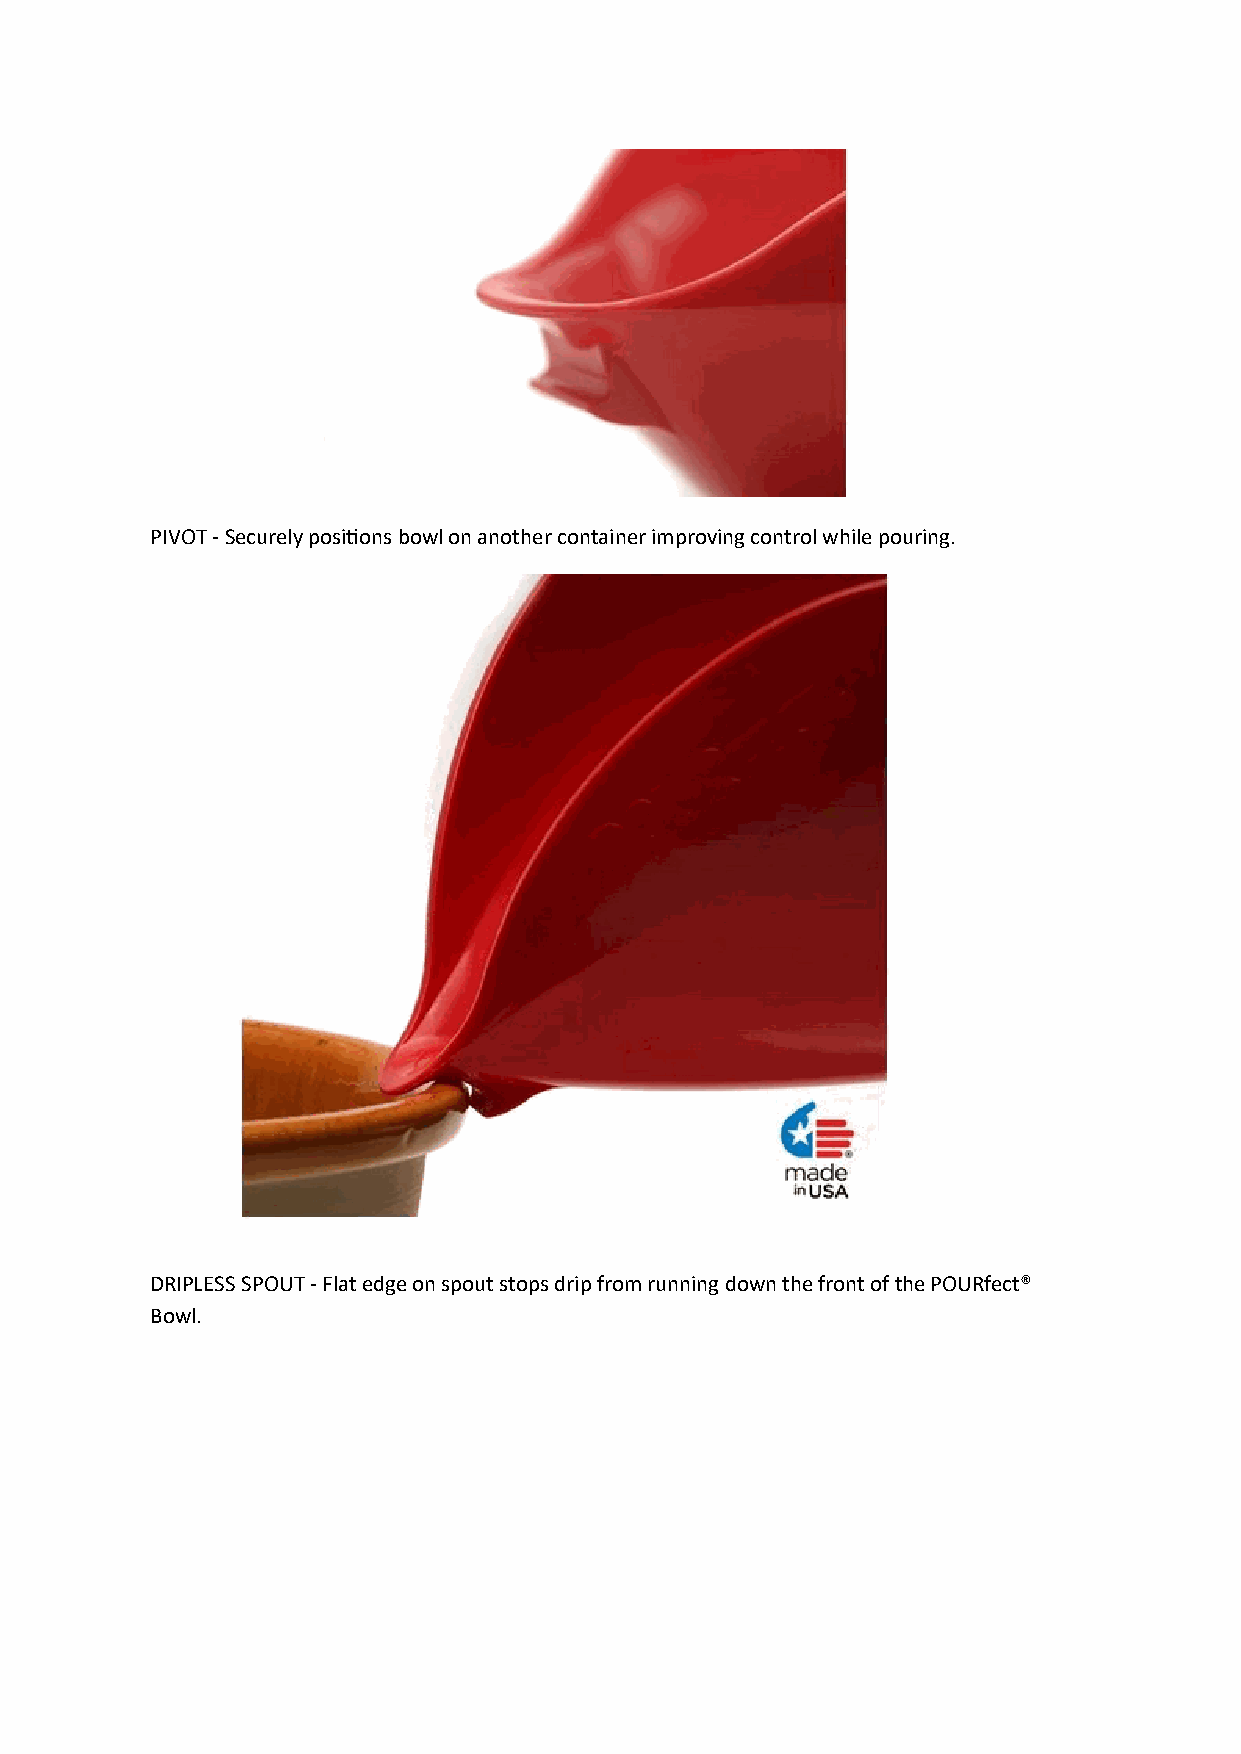
PIVOT - Securely positions bowl on another container improving control while pouring.
 DRIPLESS SPOUT - Flat edge on spout stops drip from running down the front of the POURfect®
 Bowl.